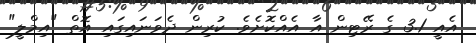
އެއީ 3.1 ގެ ރޭޓިން އާ އެއްކޮށެވެ. ކުރިން ދެވަނައިގައި އޮތް "އިމްލީ"